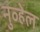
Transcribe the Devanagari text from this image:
नुव्हेल